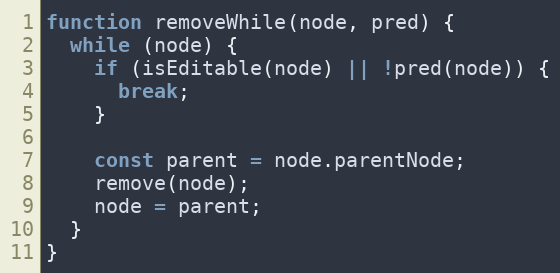
Language: JavaScript
function removeWhile(node, pred) {
  while (node) {
    if (isEditable(node) || !pred(node)) {
      break;
    }

    const parent = node.parentNode;
    remove(node);
    node = parent;
  }
}